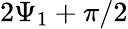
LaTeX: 2\Psi_{1}+\pi/2